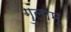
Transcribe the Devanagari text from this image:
गुलाम्